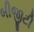
બીજીટી